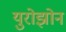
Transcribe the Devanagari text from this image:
युरोझोन